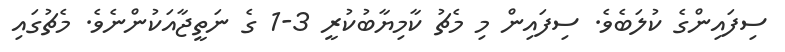
ސިފައިންގެ ކުލަބެވެ. ސިފައިން މި މެޗު ކާމިޔާބުކުރީ 3-1 ގެ ނަތީޖާއަކުންނެވެ. މެޗުގައި